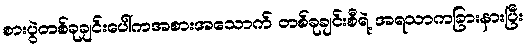
စားပွဲတစ်ခုချင်းပေါ်ကအစားအသောက် တစ်ခုချင်းစီရဲ့ အရသာကခြားနားပြီး